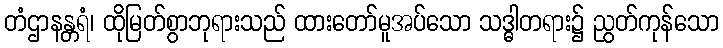
တံဌာနန္တရံ၊ ထိုမြတ်စွာဘုရားသည် ထားတော်မူအပ်သော သဒ္ဓါတရား၌ ညွတ်ကုန်သော